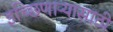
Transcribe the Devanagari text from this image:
इच्छिणाऱ्यासाठी